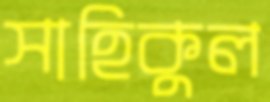
সাহিকুল